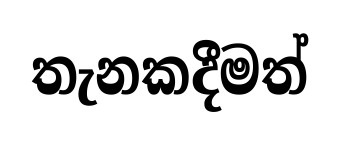
තැනකදීමත්